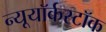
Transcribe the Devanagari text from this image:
न्यूयॉर्कस्टॉक